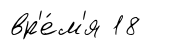
вр'е́м'я 18